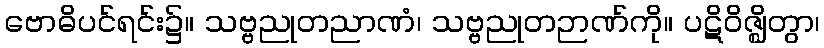
ဗောဓိပင်ရင်း၌။ သဗ္ဗညုတညာဏံ၊ သဗ္ဗညုတဉာဏ်ကို။ ပဋိဝိဇ္ဈိတွာ၊